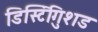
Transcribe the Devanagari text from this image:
डिस्टिंगुिशड